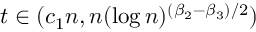
t \in ( c _ { 1 } n , n ( \log n ) ^ { ( \beta _ { 2 } - \beta _ { 3 } ) / 2 } )